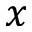
x